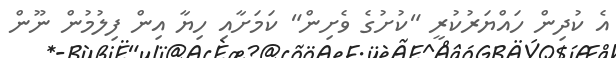
އެ ކުދިން ހައްޔަރުކުރީ "ކުށުގެ ވެށިން" ކަމަށާއި ހިޔާ އިން ފިލުމުން ނޫން